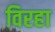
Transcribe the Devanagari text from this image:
विरहा